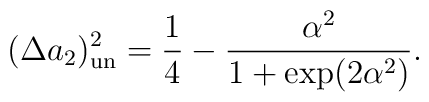
(\Delta a_2)_{\rm un}^2 = \frac{1}{4}-\frac{\alpha^2}{1+\exp(2\alpha^2)}.